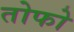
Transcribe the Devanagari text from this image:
तोफो